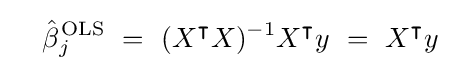
\quad {\hat {\beta }}{}_{j}^{\!\;{\text{OLS}}}\ =\ (X^{\intercal }X)^{-1}X^{\intercal }y\ =\ X^{\intercal }y~